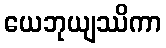
ယေဘုယျဿိကာ